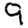
Digit: 9